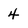
Character: 4